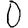
Digit: 0